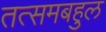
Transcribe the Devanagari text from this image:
तत्समबहुल